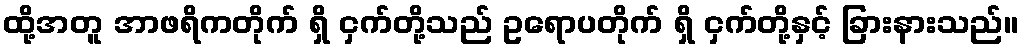
ထို့အတူ အာဖရိကတိုက် ရှိ ငှက်တို့သည် ဥရောပတိုက် ရှိ ငှက်တို့နှင့် ခြားနားသည်။